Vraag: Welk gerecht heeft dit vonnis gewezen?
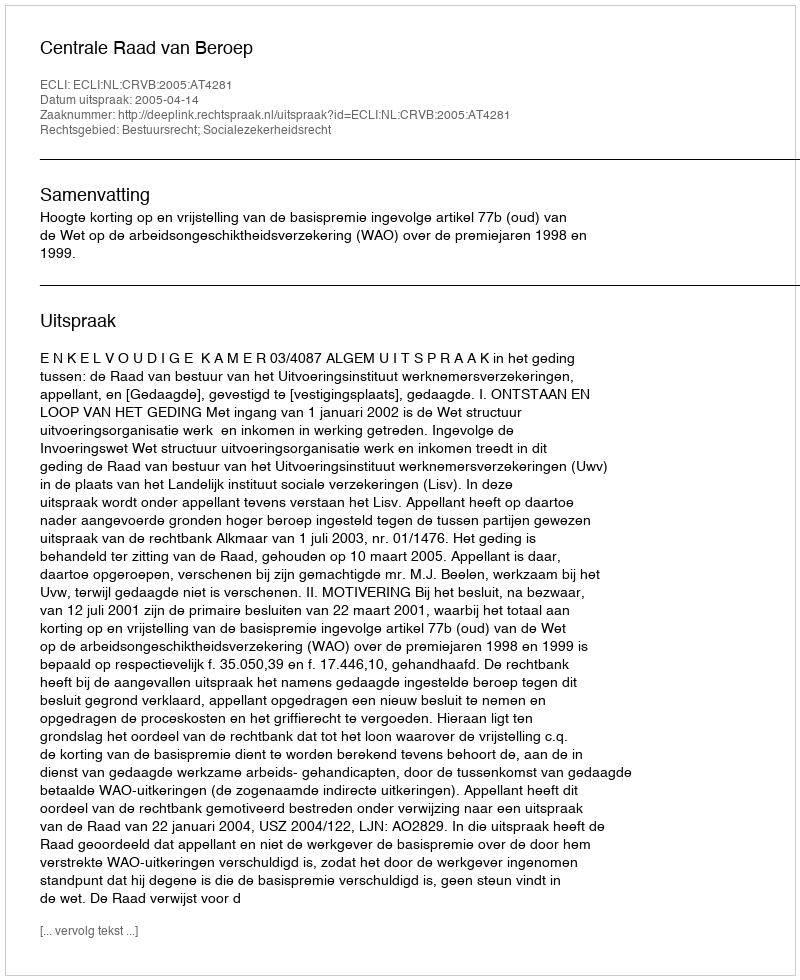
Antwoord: Centrale Raad van Beroep